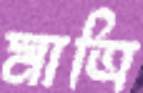
মাত্রি